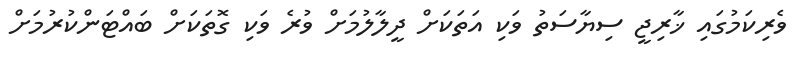
ވެރިކަމުގައި ޚާރިޖީ ސިޔާސަތު ވަކި އަތަކަށް ދީލާލުމަށް ވުރެ ވަކި ގޮތަކަށް ބައްޓަންކުރުމަށް